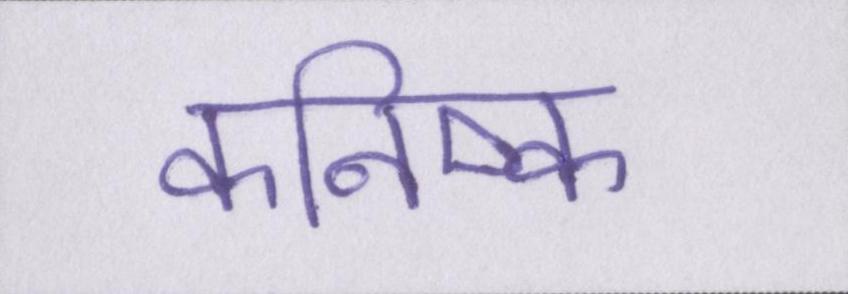
कनिष्क